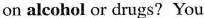
on alcohol or drugs? You